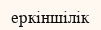
еркіншілік